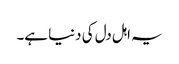
یہ اہل دل کی دنیا ہے۔